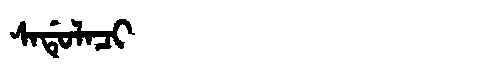
Manchu: ᠰᠠᡩᡠᠯᠠᠴᡳ
Romanization: SADULACI